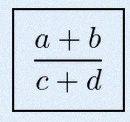
\frac{a+b}{c+d}